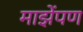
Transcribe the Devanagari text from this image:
माझेंपण